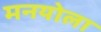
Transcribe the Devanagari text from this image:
मनयोला